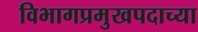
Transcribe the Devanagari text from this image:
विभागप्रमुखपदाच्या